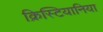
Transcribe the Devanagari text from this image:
क्रिस्टियानिया